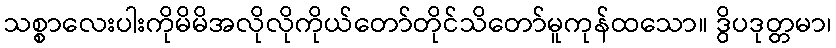
သစ္စာလေးပါးကိုမိမိအလိုလိုကိုယ်တော်တိုင်သိတော်မူကုန်ထသော။ ဒွိပဒုတ္တမာ၊